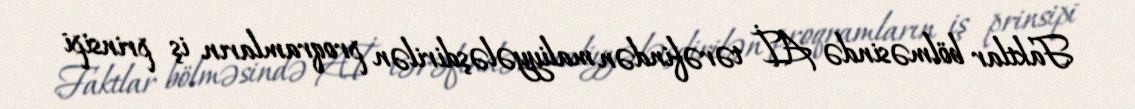
Faktlar bölməsində Aİ tərəfindən maliyyələşdirilən proqramların iş prinsipi